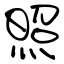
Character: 照